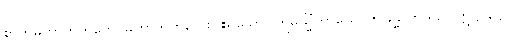
စာတုမဟာဘူတိကေ၊ မဟာဘုတ်လေးပါးရှိသော။ ဣမသ္မိံကာယေ၊ ဤခန္ဓာကိုယ်၌။ ဣဋ္ဌာနိဋ္ဌာ၊